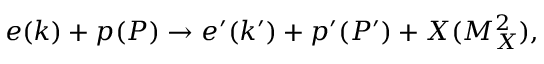
e ( k ) + p ( P ) \rightarrow e ^ { \prime } ( k ^ { \prime } ) + p ^ { \prime } ( P ^ { \prime } ) + X ( M _ { X } ^ { 2 } ) ,